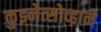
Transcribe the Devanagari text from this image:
कुझ्नेत्सोव्हाने